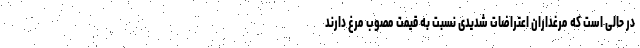
در حالی است که مرغداران اعتراضات شدیدی نسبت به قیمت مصوب مرغ دارند